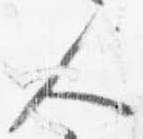
人